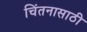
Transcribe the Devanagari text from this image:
चिंतनासाठी